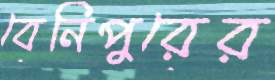
বেনিপুরের